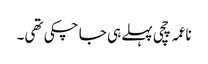
ناعمہ چچی پہلے ہی جا چکی تھی۔